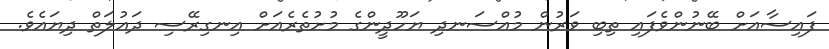
ފައިސާއަށް ބޭނުންވެފައި ތިބި ވަރުން މުއްސަނދި ޔަހޫދީންގެ މުށުތެރެއަށް އިނގިރޭސި ދައުލަތް ދިޔައެވެ.